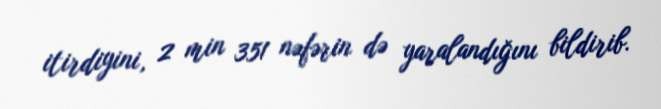
itirdiyini, 2 min 351 nəfərin də yaralandığını bildirib.